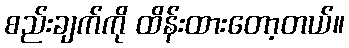
စည်းချက်ကို ထိန်းထားတော့တယ်။